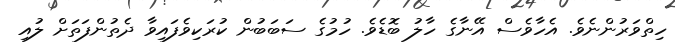
ހިތްވަރުންނެވެ. އެހާވެސް އޭނާގެ ހާލު ބޮޑެވެ. ހުމުގެ ސަބަބުން ކުރަކިވެފައިވާ ދެތުންފަތަށް ލުއި